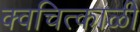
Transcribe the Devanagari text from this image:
क्वचित्काळी